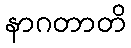
နာဂတာတိ